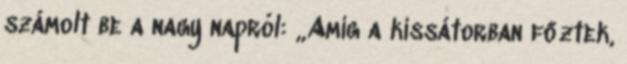
számolt be a nagy napról: „Amíg a kissátorban főztek,